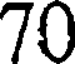
70